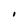
Character: I